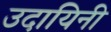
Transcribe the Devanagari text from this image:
उदायिनी